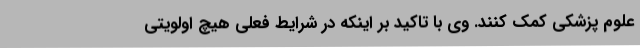
علوم پزشکی کمک کنند. وی با تاکید بر اینکه در شرایط فعلی هیچ اولویتی